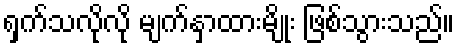
ရှက်သလိုလို မျက်နှာထားမျိုး ဖြစ်သွားသည်။